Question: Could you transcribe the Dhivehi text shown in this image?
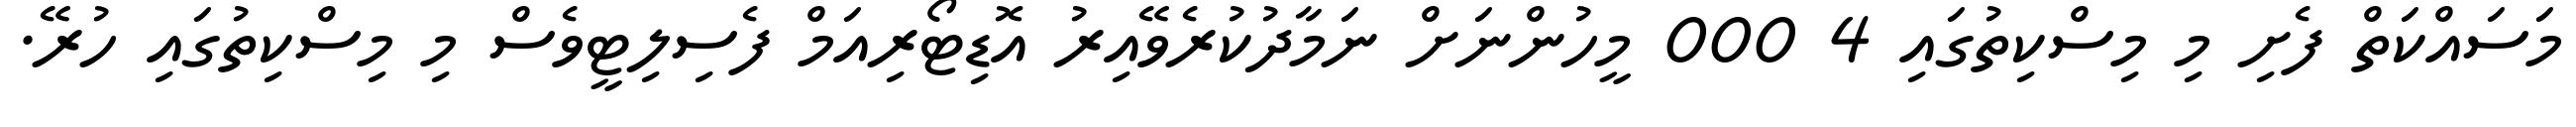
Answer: މަސައްކަތް ފެށި މި މިސްކިތުގައި 4 000 މީހުންނަށް ނަމާދުކުރެވޭއިރު އޮޑިޓޯރިއަމް ފެސިލިޓީވެސް މި މިސްކިތުގައި ހުރޭ.